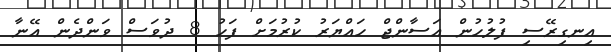
އިނގިރޭސި ފުލުހުން އަސާންޖް ހައްޔަރު ކުރުމަށް ފަހު 8 ދުވަސް ވަންދެން އޭނާ